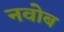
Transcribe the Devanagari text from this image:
नवोब